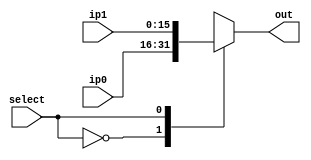
module mux_16_bit_2_input(ip0, ip1, select, out);

	output reg [15:0] out;
	
	input  [15:0] ip0, ip1;
	input  select;
	
	always@(*) begin
		case(select)
			0: out = ip0;
			1: out = ip1;
			default: out = ip0;
		endcase
	end
	
endmodule